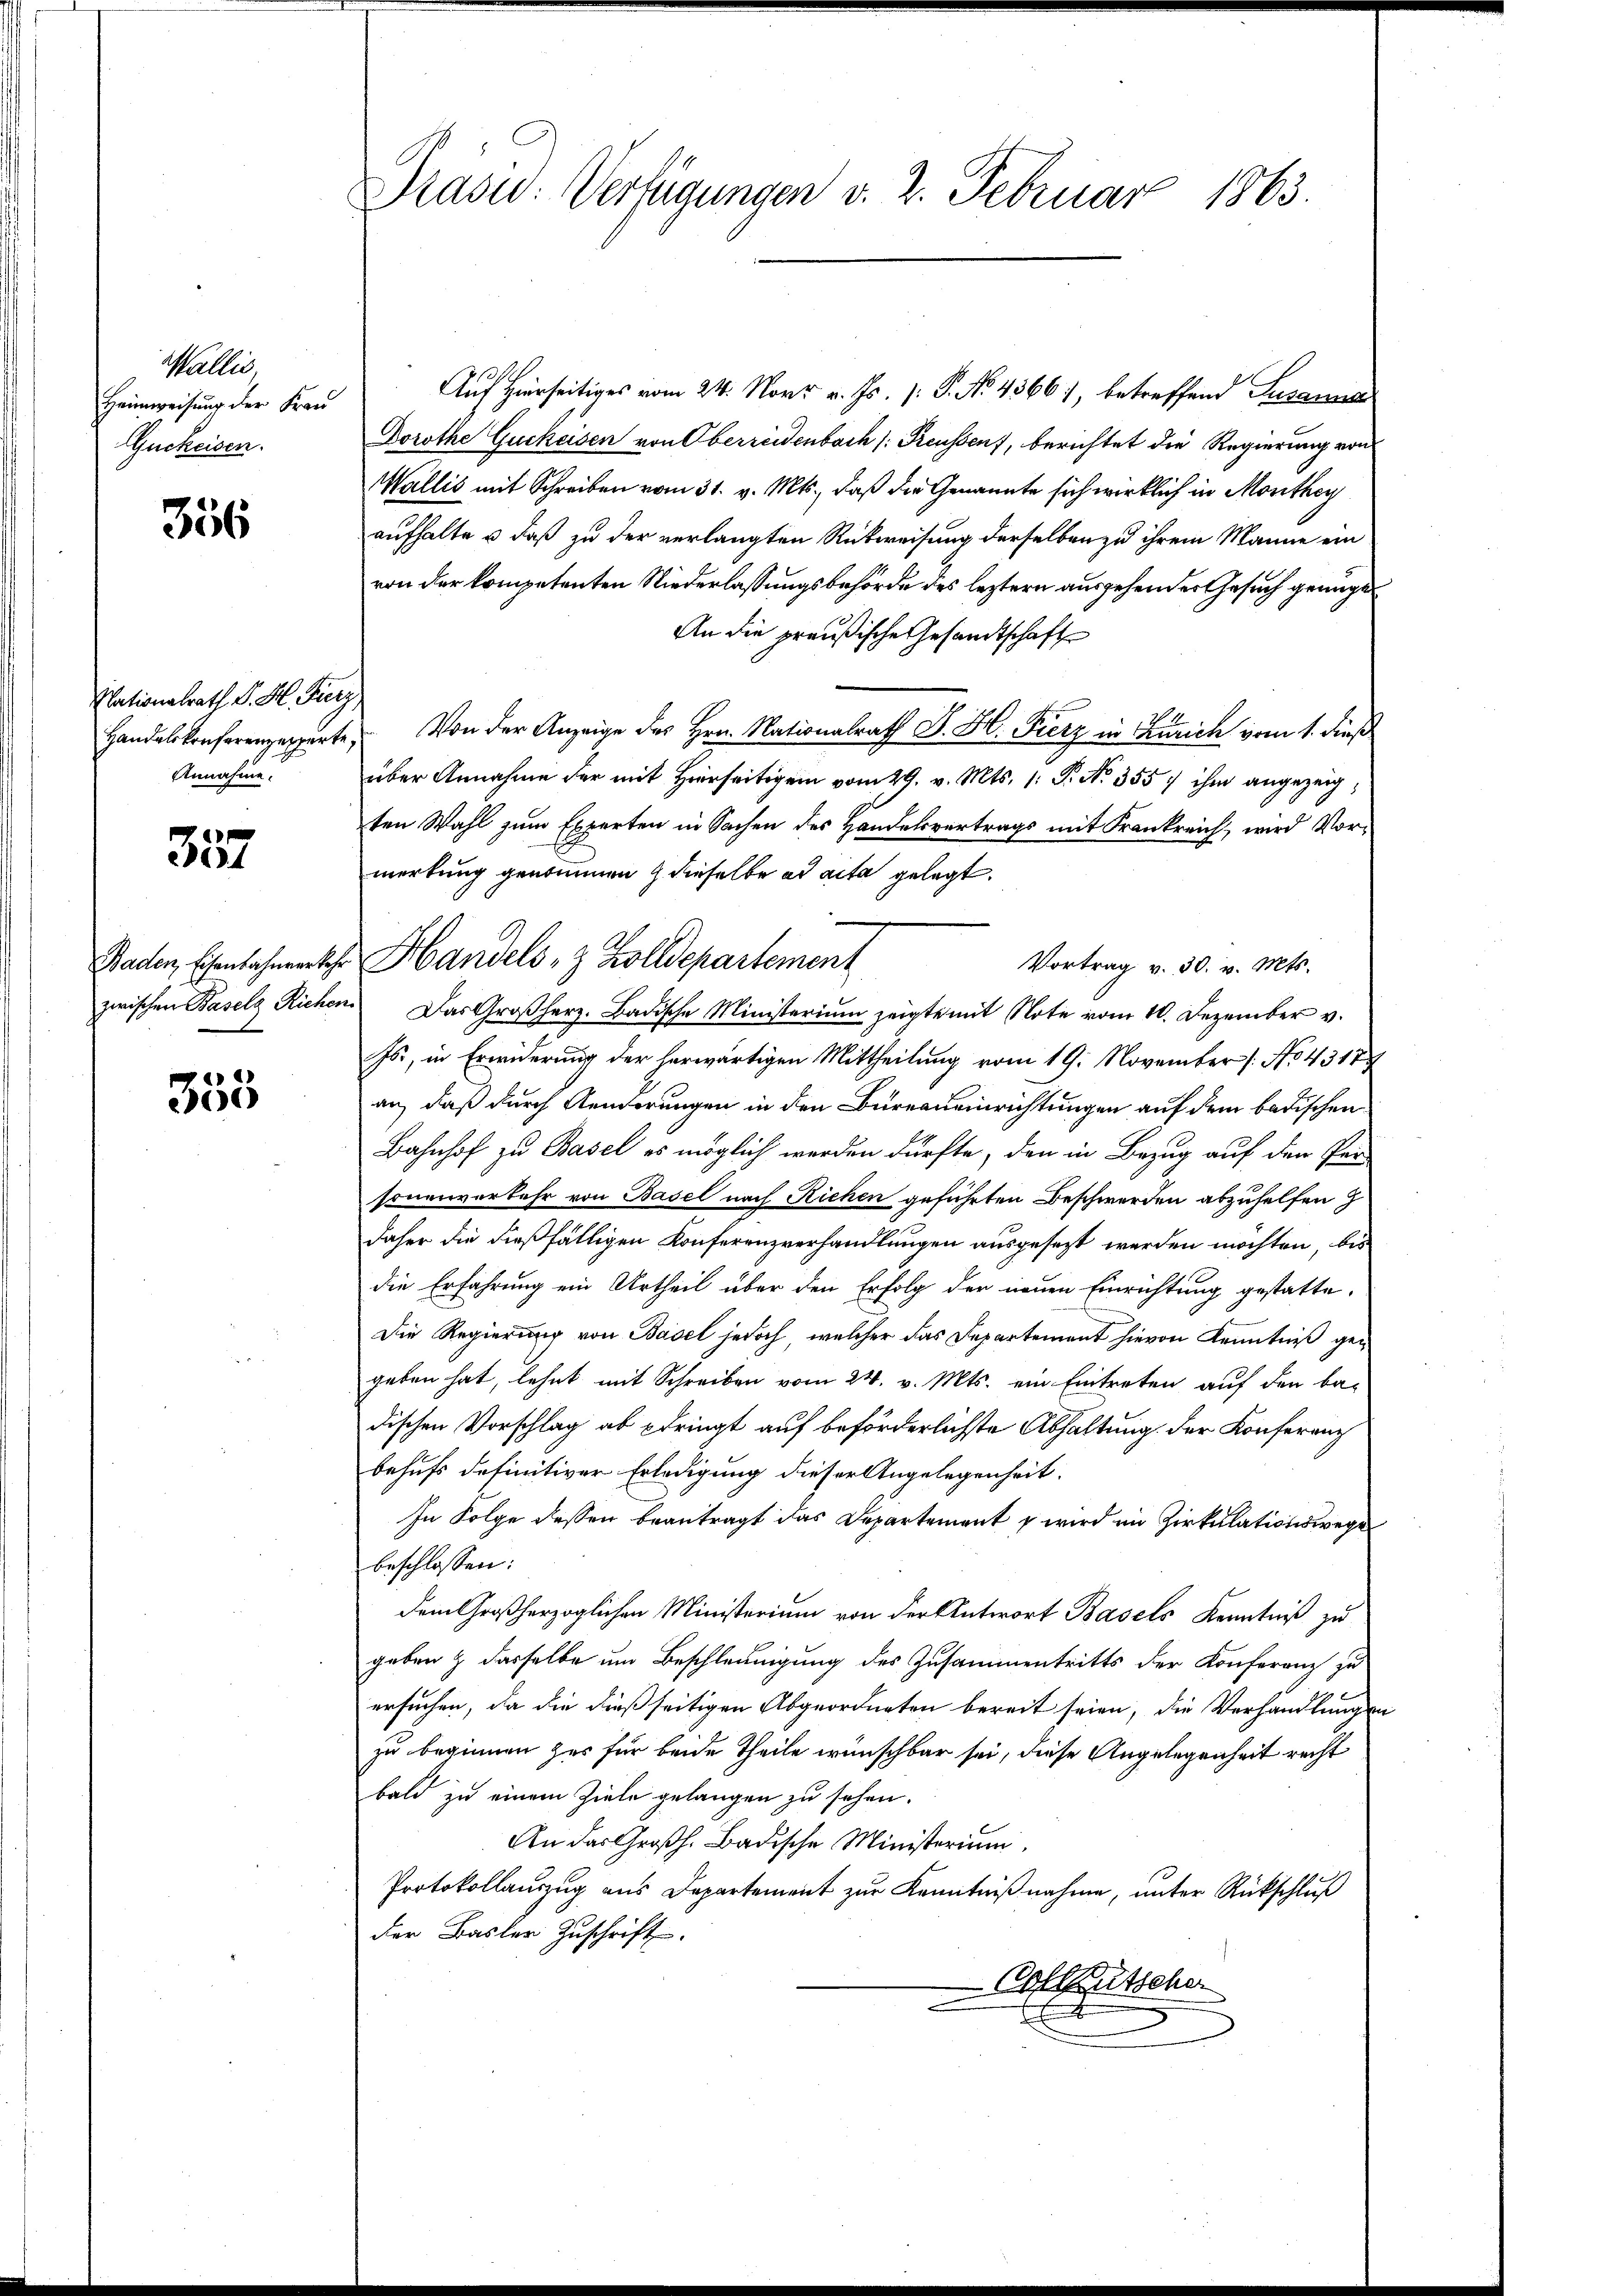
Wallis
Heimweisung der Frau
Guckeisen.

356

Nationalrath P. H. Furz
Handelskonferenzexperte,
Annahme.

.
4

Baden, Eisenbahnverkehr
zwischen Basels Richen.

355

Drasu: Verfügungen v. 2. Februar 1863

Auf Hierseitiges vom 24. Nov. v. Js. v. P. No. 4366), betreffend Susanne
Dorothe Guckeisen von Oberreisenbach /: Preussen, berichtet die Regierung von
Wallis mit Schreiben vom 31. v. Mts., daß die Genannte sich wirklich in Monthey
aufhalte u daß zu der verlangten Rückweisung derselben zu ihrem Manne ein
von der kompetenten Niederlassungsbehörde des leztern ausgehender Gesuch geange¬
An die preußische Gesandtschaft
Von der Anzeige des Hrn. Nationalrath J. H. Fierz in Zürich vom 1. dieß
über Annahme der mit Hierseitigen vom 29. v. Mts. 1. Pr. No. 355/ ihm angezeig
ten Wahl zum Experten in Sachen des Handelsvertrags mit Frankreich, wird Vormerkung genommen dieselbe ad acta gelegt.
Vortrag v. 30. v. Mts.
Das Großherz. Badische Ministerium zeigte mit Note vom 10. Dezember v.
Js., in Erwiderung der herwärtigen Mittheilung vom 19. November /: No 4317
an, daß durch Aenderungen in den Bureau einrichtungen auf dem badischen
Bahnhof zu Basel es möglich werden dürfte, den in Bezug auf den Per-
sonenverkehr von Basel nach Richen geführten Beschwerden abzuhelfen
daher die dießfälligen Konferenzverhandlungen ausgesezt werden möchten, bis
die Erfahrung ein Urtheil über den Erfolg der neuen Einrichtung gestatte¬
Die Regierung von Basel jedoch, welcher das Departement hievon Kenntniß gegeben hat, lehnt mit Schreiben vom 24. v. Mts. ein Eintreten auf den be-
dischen Vorschlag ab pdringt auf beförderlichste Abhaltung der Konferenz
behufs definitiver Erledigung dieser Angelegenheit.
In Folge dessen beantragt das Departement & wird im Zirkulationswege
beschlossen:
dem Großherzoglichen Ministerium von der Antwort Basels Kenntniß zu
geben & dasselbe um Beschleunigung des Zusammentritts der Konferenz zu
ersuchen, da die dießseitigen Abgeordneten bereit seien, die Verhandlungen
zu beginnen zur für beide Theile wünschbar sei, diese Angelegenheit recht
bald zu einem Ziele gelangen zu sehen.
An das Großh. Badische Ministerium
Protokollaŭszŭg aŭs Departement zŭr Kenntniβnahme, ŭnter Rückschlŭβ
der Basler Zuschrift
Callkutscher

Handels- & Zolldepartement